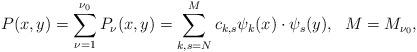
LaTeX: \begin{align*}P(x,y)= \sum_{\nu=1}^{\nu_0}P_\nu(x,y)=\sum_{k,s=N}^M c_{k,s}\psi_k(x)\cdot \psi_s(y),\ \ M=M_{\nu_0},\end{align*}